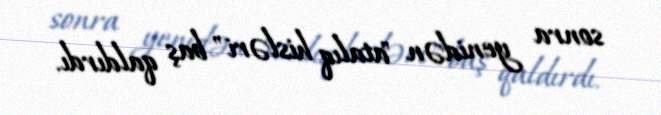
sonra yenidən "atalıq hisləri" baş qaldırdı.